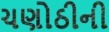
ચણોઠીની